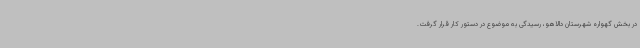
در بخش گهواره شهرستان دالاهو، رسیدگی به موضوع در دستور کار قرار گرفت.